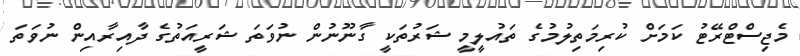
މެޖިސްޓްރޭޓު ކަމަށް ކުރިމަތިލުމުގެ ތައުލީމީ ޝަރުތަކީ ގާނޫނުން ނުވަތަ ޝަރީއަތުގެ ދާއިރާއިން ނުވަތަ